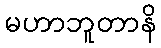
မဟာဘူတာနိ